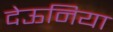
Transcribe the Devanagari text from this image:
देऊनिया